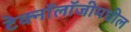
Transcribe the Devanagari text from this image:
टेक्नॉलॉजीमधील